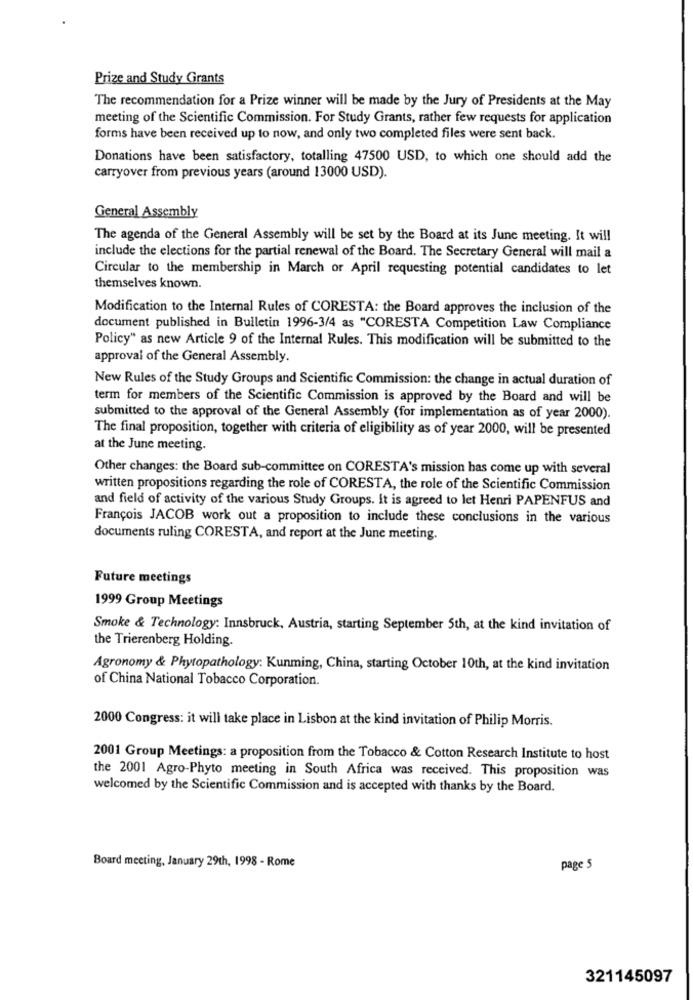
Prize and Study Grants
The recommendation for a Prize winner will be made by the Jury of Presidents at the May
meeting of the Scientific Commission. For Study Grants, rather few requests for application
forms have been received up to now, and only two completed files were sent back.
Donations have been satisfactory, totalling 47500 USD, to which one should add the
carryover from previous years (around 13000 USD).
General Assembly
The agenda of the General Assembly will be set by the Board at its June meeting. It will
include the elections for the partial renewal of the Board. The Secretary General will mail a
Circular to the membership in March or April requesting potential candidates to let
themselves known.
Modification to the Internal Rules of CORESTA: the Board approves the inclusion of the
document published in Bulletin 1996-3/4 as "CORESTA Competition Law Compliance
Policy" as new Article 9 of the Internal Rules. This modification will be submitted to the
approval of the General Assembly.
New Rules of the Study Groups and Scientific Commission: the change in actual duration of
term for members of the Scientific Commission is approved by the Board and will be
submitted to the approval of the General Assembly (for implementation as of year 2000).
The final proposition, together with criteria of eligibility as of year 2000, will be presented
at the June meeting.
Other changes: the Board sub-committee on CORESTA's mission has come up with several
written propositions regarding the role of CORESTA, the role of the Scientific Commission
and field of activity of the various Study Groups. It is agreed to let Henri PAPENFUS and
François JACOB work out a proposition to include these conclusions in the various
documents ruling CORESTA, and report at the June meeting.
Future meetings
1999 Group Meetings
Smoke & Technology: Innsbruck, Austria, starting September 5th, at the kind invitation of
the Trierenberg Holding.
Agronomy & Phytopathology: Kunming, China, starting October 10th, at the kind invitation
of China National Tobacco Corporation.
2000 Congress: it will take place in Lisbon at the kind invitation of Philip Morris.
2001 Group Meetings: a proposition from the Tobacco & Cotton Research Institute to host
the 2001 Agro-Phyto meeting in South Africa was received. This proposition was
welcomed by the Scientific Commission and is accepted with thanks by the Board.
Board meeting, January 29th, 1998 - Rome
page 5
321145097